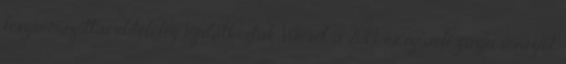
leszármazottai elítélőleg nyilatkoztak Wiesel, a 2014-es izraeli gázai inváziót